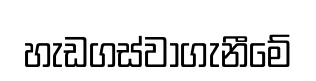
හැඩගස්වාගැනීමේ